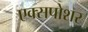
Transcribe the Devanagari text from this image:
एक्सपोशर